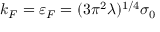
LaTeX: k _ { F } = \varepsilon _ { F } = ( 3 \pi ^ { 2 } \lambda ) ^ { 1 / 4 } \sigma _ { 0 }